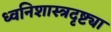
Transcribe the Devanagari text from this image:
ध्वनिशास्त्रदृष्ट्या